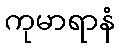
ကုမာရာနံ